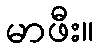
မာဖီး။